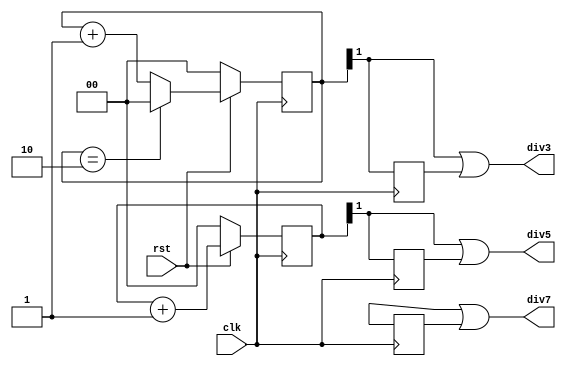
`timescale 1ns/1ns
module freq_div_odd #(parameter n = 3) (/*AUTOARG*/
   // Outputs
   div3, div5, div7,
   // Inputs
   clk, rst
   );

   input clk;
   input rst;

   output div3;
   output div5;
   output div7;

   /*AUTOREG*/
   /*AUTOWIRE*/

   reg  [$clog2(n)-1:0] cnt_reg3, cnt_reg5, cnt_reg7;
   wire [$clog2(n)-1:0] cnt_nxt3, cnt_nxt5, cnt_nxt7;


   reg 			cnt3_q1, cnt5_q1, cnt7_q2;
   
   always@(posedge clk)
     begin
	if(!rst)begin
           cnt_reg3 <= 'h0;
	   cnt_reg5 <= 'h0;
	   cnt_reg7 <= 'h0;
	end else begin
	   cnt_reg3 <= cnt_nxt3;
	   cnt_reg5 <= cnt_nxt5;
	   cnt_reg7 <= cnt_nxt7;
	end
     end

   assign cnt_nxt3 = (cnt_reg3 == 2) ? 'h0 : cnt_reg3 + 'h1;
   assign cnt_nxt5 = (cnt_reg5 == 4) ? 'h0 : cnt_reg5 + 'h1;
   assign cnt_nxt7 = (cnt_reg7 == 6) ? 'h0 : cnt_reg7 + 'h1; // redundant

   // frequency divided by 3
   always@(negedge clk)
     begin
	cnt3_q1 <= cnt_reg3[1];
     end

   assign div3 = cnt_reg3[1] | cnt3_q1;

   //frequency divided by 5
   always@(negedge clk)
     begin
	cnt5_q1 <= cnt_reg5[1];
     end

   assign div5 = cnt_reg5[1] | cnt5_q1;

   //frequency divided by 7
   always@(negedge clk)
     begin
	cnt7_q2 <= cnt_reg7[2];
     end

   assign div7 = cnt_reg7[2] | cnt7_q2;

endmodule // freq_div_odd
// Local Variables: 
// verilog-library-directories:("~/Projects/fpgaProjects/iVerilog/design/*") 
// End: